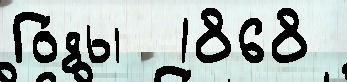
Го́ды  1868